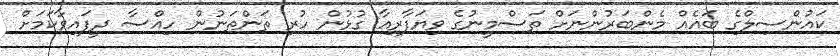
ކައުންސިލްގެ ބައެއް މެންބަރުންނަށް ތަސްމީނުގެ ވިޔަފާރިއާ ގުޅުން ހުރި ތަންތަނުން ހިއްސާ ދީފައިވާކަމަށް